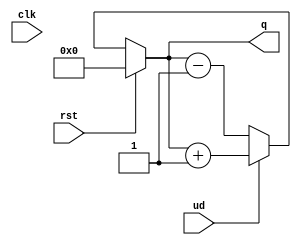
module up_down_counter (
    input wire      clk,        // Clock signal (optional for synchronous operations)
    input wire      rst,        // Asynchronous reset signal
    input wire      ud,         // Up/Down control signal (1 for up, 0 for down)
    output reg [7:0] q          // 8-bit counter output
);

always @(*) begin
    if (rst) begin
        q = 8'b00000000; // Reset the counter to zero
    end else begin
        if (ud) begin
            q = q + 1; // Count up
        end else begin
            q = q - 1; // Count down
        end
    end
end

endmodule